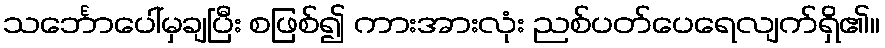
သင်္ဘောပေါ်မှချပြီး စဖြစ်၍ ကားအားလုံး ညစ်ပတ်ပေရေလျက်ရှိ၏။